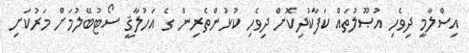
އިސްލާމީ ދިވެހި އުޞޫލުތައް ކަފާކުދިކޮށް ދިވެހި ކުޅުންތެރިން ގެ އަހުލާޤީ ސޯޓުބޭލުމަށް މަރުކަށި